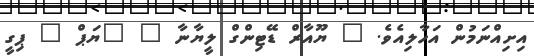
އިށިއްނަމުން އަހާލިއެވެ. " ޔޫއާރް ޑޭޓިންގް ލީޔާނާ " "ޔަޕް " ޕިގީ